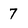
Character: 7